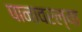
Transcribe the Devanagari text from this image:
पानावरल्या